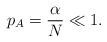
LaTeX: \begin{align*} p_A = \frac{\alpha}{N} \ll 1. \end{align*}